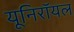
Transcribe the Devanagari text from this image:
यूनिरॉयल